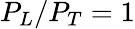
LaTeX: P_{L}/P_{T}=1